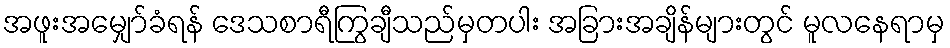
အဖူးအမျှော်ခံရန် ဒေသစာရီကြွချီသည်မှတပါး အခြားအချိန်များတွင် မူလနေရာမှ